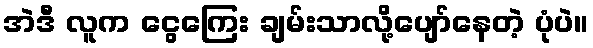
အဲဒီ လူက ငွေကြေး ချမ်းသာလို့ပျော်နေတဲ့ ပုံပဲ။